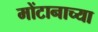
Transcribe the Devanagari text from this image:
मोंटानाच्या